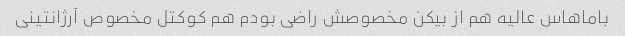
باماهاس عالیه هم از بیکن مخصوصش راضی بودم هم کوکتل مخصوص آرژانتینی